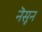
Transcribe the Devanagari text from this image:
नॆसून